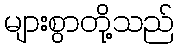
များစွာတို့သည်